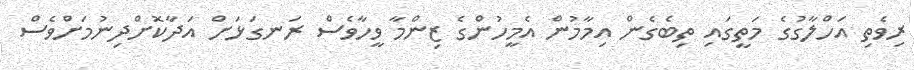
ރިވެތި އަހްލާގުގެ މަތީގައި ތިބެގެން އިމާމުން އެމީހުންގެ ޒިންމާ ވީހާވެސް ރަނގަޅަށް އަދާކޮށްދިނުމަށްވެސް